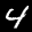
Label: 4